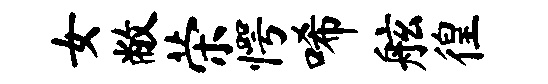
女敝荣愕唏舷徨